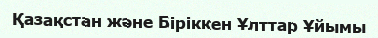
Қазақстан және Біріккен Ұлттар Ұйымы